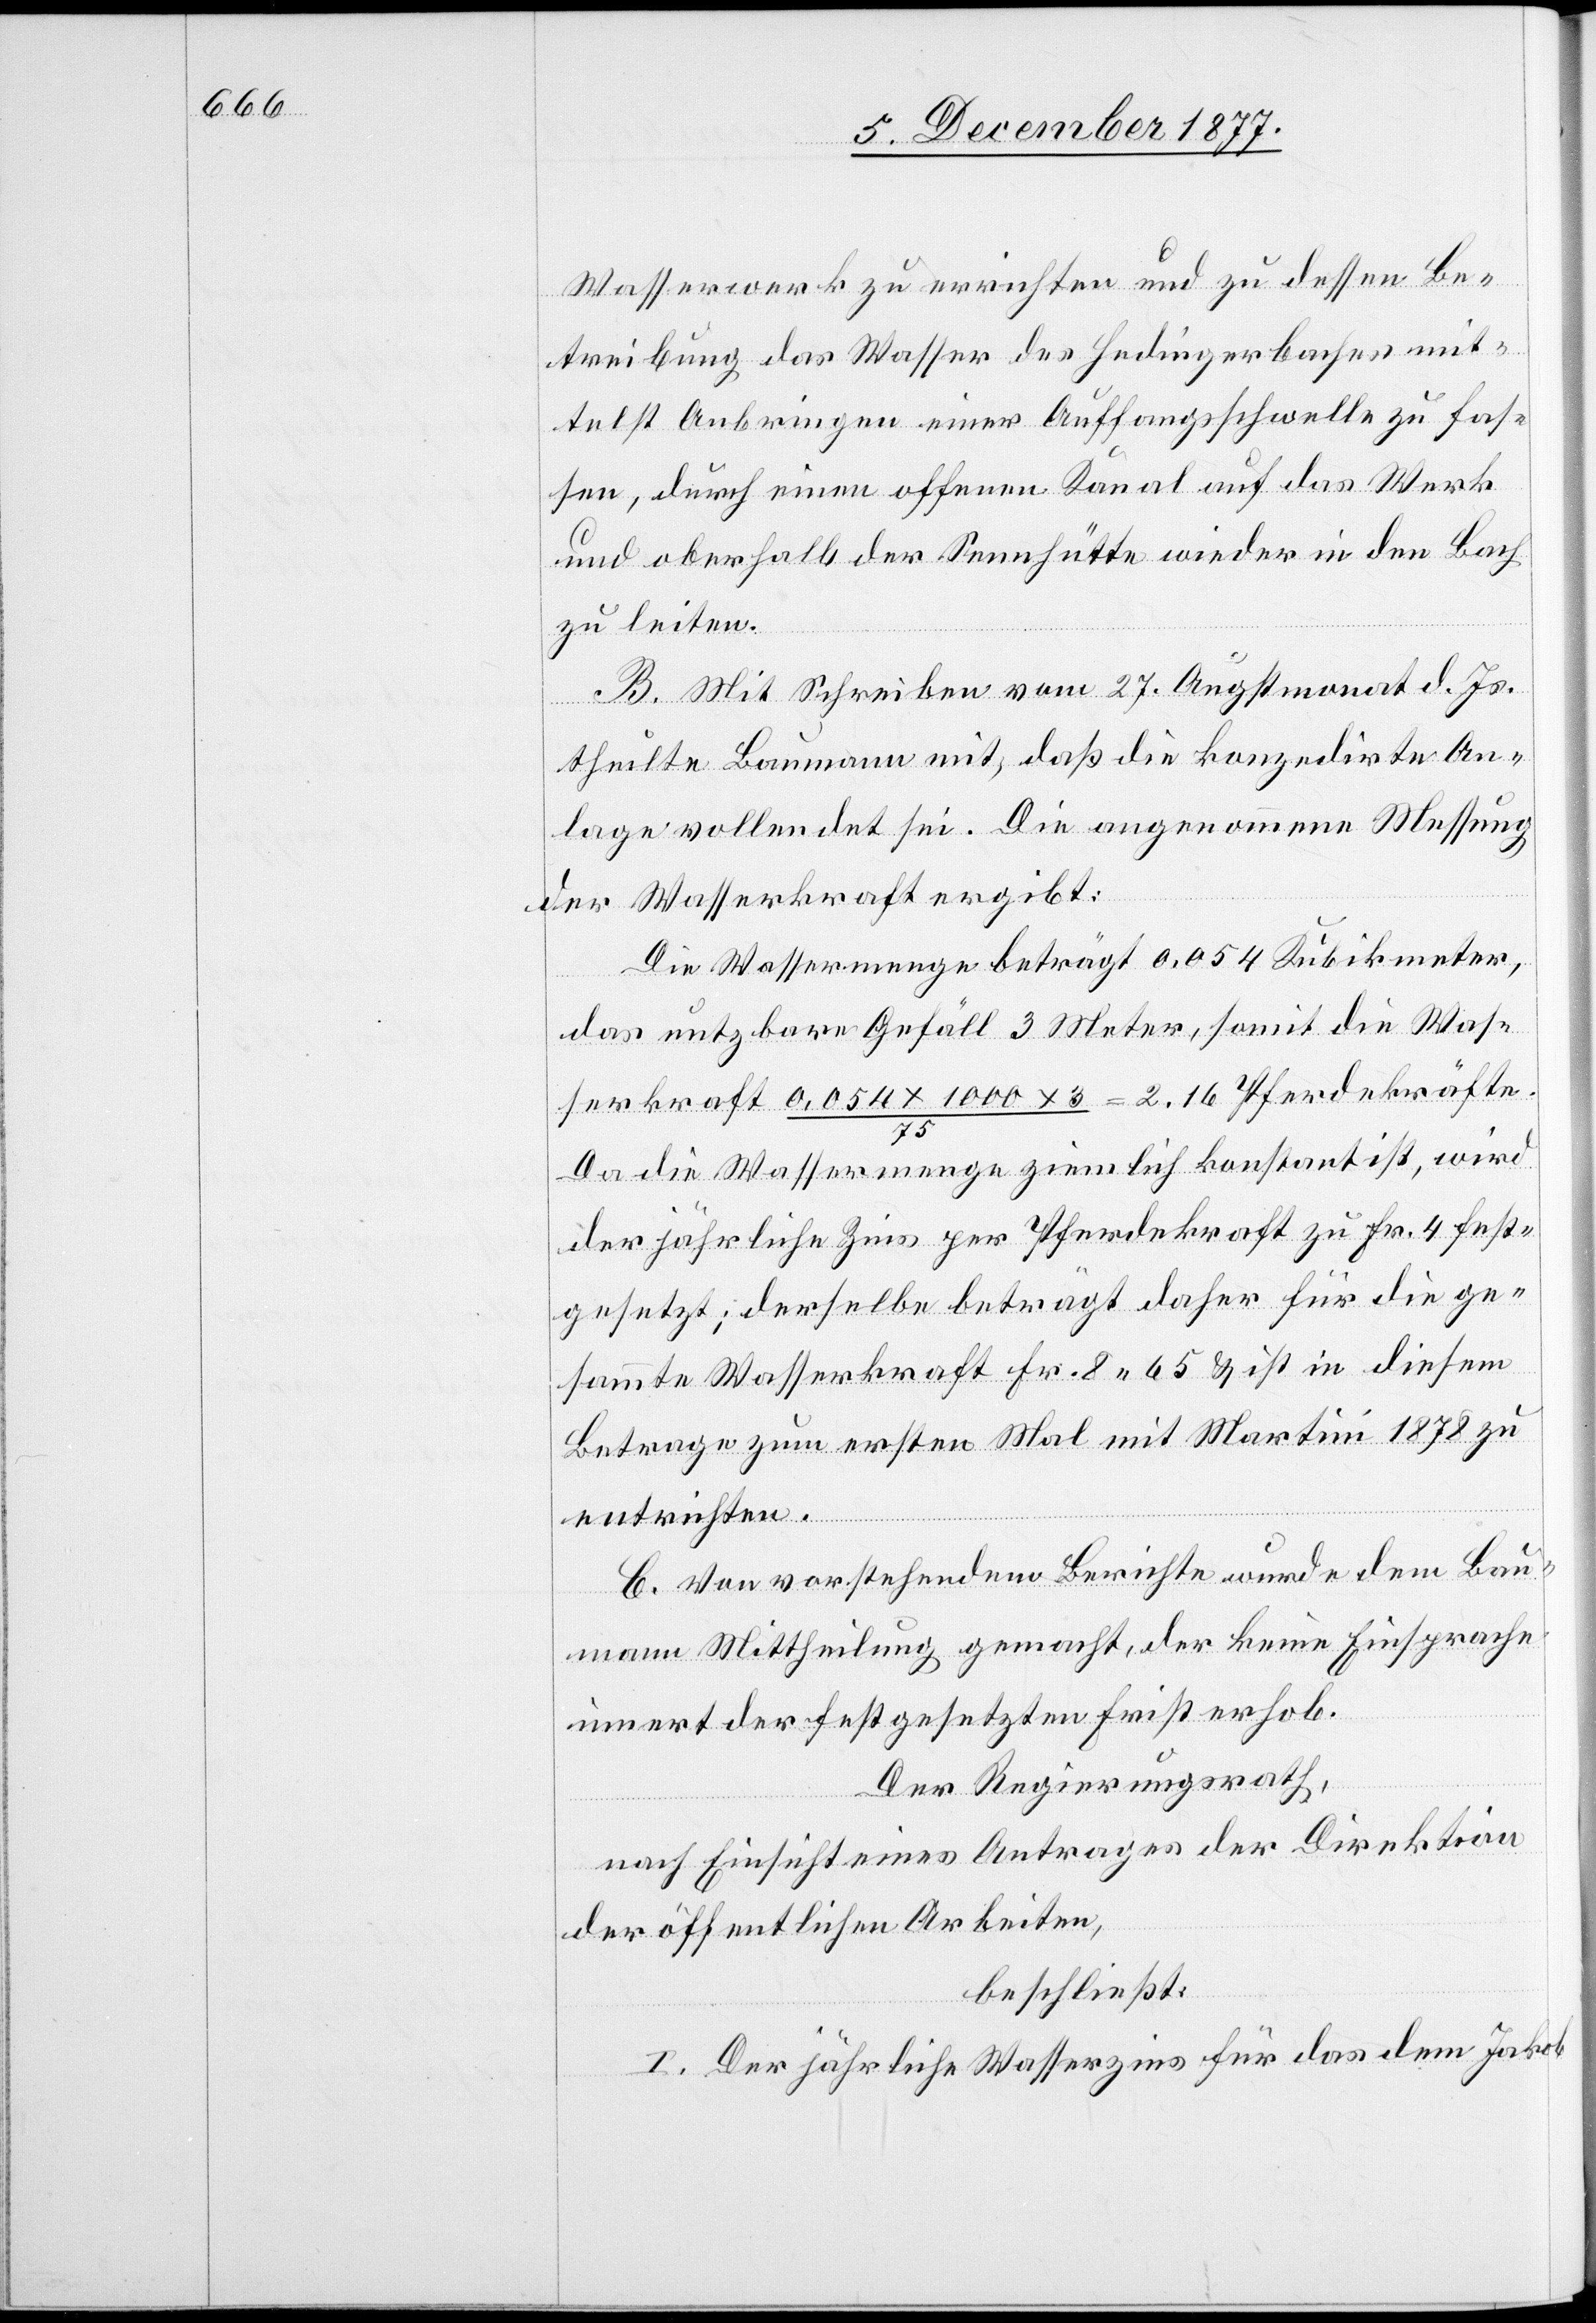
Wasserwerk zu errichten und zu dessen Be¬
treibung das Wasser des Hedingerbaches mit¬
telst Anbringen einer Auffangsschwelle zu fas¬
sen, durch einen offenen Kanal auf das Werk
und oberhalb der Sennhütte wieder in den Bach
zu leiten.
B. Mit Schreiben vom 27. Augstmonat d. Js.
theilte Baumann mit, daß die konzedirte An¬
lage vollendet sei. Die angenommene Messung
der Wasserkraft ergibt:
Die Wassermenge beträgt 0,054 Kubikmeter,
das nutzbare Gefäll 3 Meter, somit die Was¬
serkraft 0,054 x 1000 x 3 / 75 = 2.16 Pferdekräfte.
Da die Wassermenge ziemlich konstant ist, wird
der jährliche Zins per Pferdekraft zu Fr. 4 fest¬
gesetzt; derselbe beträgt daher für die ge¬
sammte Wasserkraft Fr. 8 65 & ist in diesem
Betrage zum ersten Mal mit Martini 1878 zu
entrichten.
C. Von vorstehendem Berichte wurde dem Bau¬
mann Mittheilung gemacht, der keine Einsprache
innert der festgesetzten Frist erhob.
Der Regierungsrath,
nach Einsicht eines Antrages der Direktion
der öffentlichen Arbeiten,
beschließt:
I. Der jährliche Wasserzins für das dem Jakob